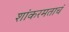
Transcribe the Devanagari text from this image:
शांकरमताचं